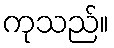
ကုသည်။